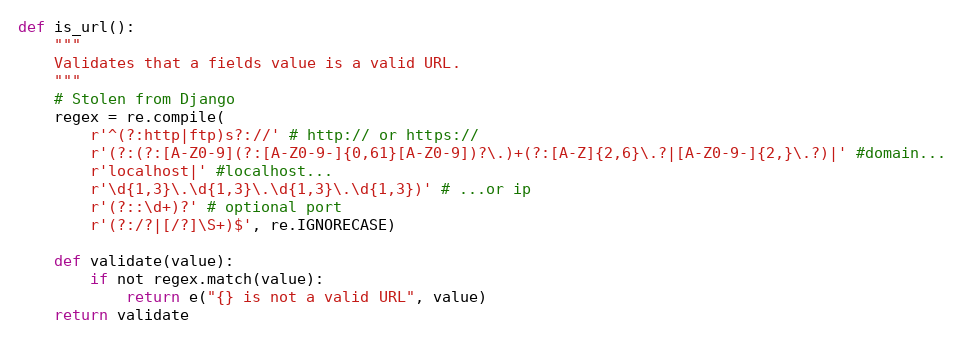
Language: Python
def is_url():
    """
    Validates that a fields value is a valid URL.
    """
    # Stolen from Django
    regex = re.compile(
        r'^(?:http|ftp)s?://' # http:// or https://
        r'(?:(?:[A-Z0-9](?:[A-Z0-9-]{0,61}[A-Z0-9])?\.)+(?:[A-Z]{2,6}\.?|[A-Z0-9-]{2,}\.?)|' #domain...
        r'localhost|' #localhost...
        r'\d{1,3}\.\d{1,3}\.\d{1,3}\.\d{1,3})' # ...or ip
        r'(?::\d+)?' # optional port
        r'(?:/?|[/?]\S+)$', re.IGNORECASE)

    def validate(value):
        if not regex.match(value):
            return e("{} is not a valid URL", value)
    return validate